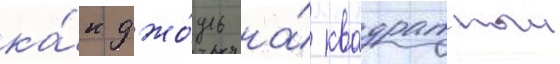
ка́к джо́уль на́ квадратныи